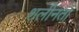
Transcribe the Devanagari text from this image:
शलीनता